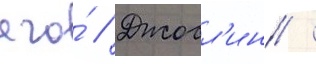
его́ // Джосл'ин /